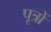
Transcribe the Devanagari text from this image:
पूत्रों